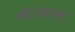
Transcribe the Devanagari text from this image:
ओटोहांसर